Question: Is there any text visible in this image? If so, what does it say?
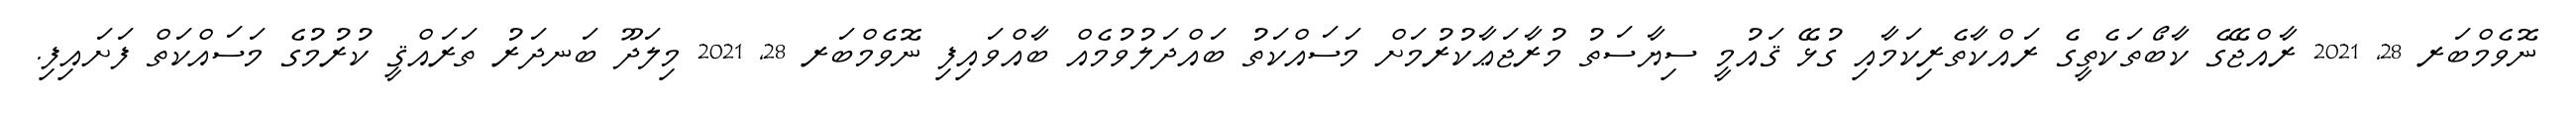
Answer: ނޮވެމްބަރ 28, 2021 ރާއްޖޭގެ ކާބޯތަކެތީގެ ރައްކާތެރިކަމާއި ގުޅޭ ޤައުމީ ސިޔާސަތު މުރާޖަޢާކުރުމަށް މަސައްކަތު ބައްދަލުވުމެއް ބާއްވައިފި ނޮވެމްބަރ 28, 2021 މިލަދޫ ބަނދަރު ތަރައްޤީ ކުރުމުގެ މަސައްކަތް ފަށައިފި.